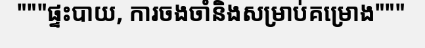
"""ផ្ទះបាយ, ការចងចាំនិងសម្រាប់គម្រោង"""